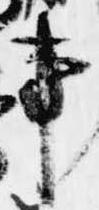
事